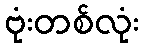
ဗုံးတစ်လုံး